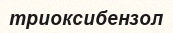
триоксибензол